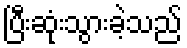
ပြီးဆုံးသွားခဲ့သည်